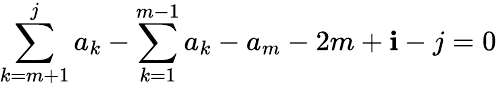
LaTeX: \sum_{k=m+1}^{j}a_{k}-\sum_{k=1}^{m-1}a_{k}-a_{m}-2m+\mathbf{i}-j=0